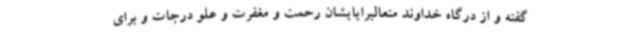
گفته و از درگاه خداوند متعالبرایایشان رحمت و مغفرت و علو درجات و برای